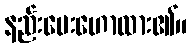
နည်းပေးဟောထား၏။